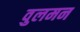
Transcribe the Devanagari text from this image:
वुलमन